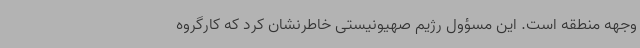
وجهه منطقه است. این مسؤول رژیم صهیونیستی خاطرنشان کرد که کارگروه